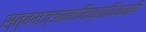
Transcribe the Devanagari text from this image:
स्त्वमज्ञानामिच्छाधिकमपि